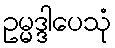
ဥမ္မဒ္ဒါပေသုံ